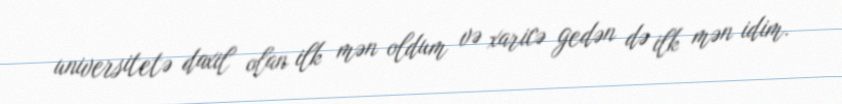
universitetə daxil olan ilk mən oldum və xaricə gedən də ilk mən idim.